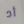
أد